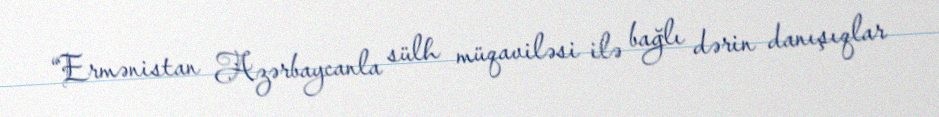
“Ermənistan Azərbaycanla sülh müqaviləsi ilə bağlı dərin danışıqlar